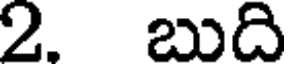
2. బుది